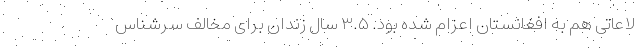
لاعاتی هم به افغانستان اعزام شده بود. ۳.۵ سال زندان برای مخالف سرشناس